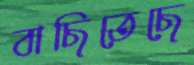
বাছিতেছে